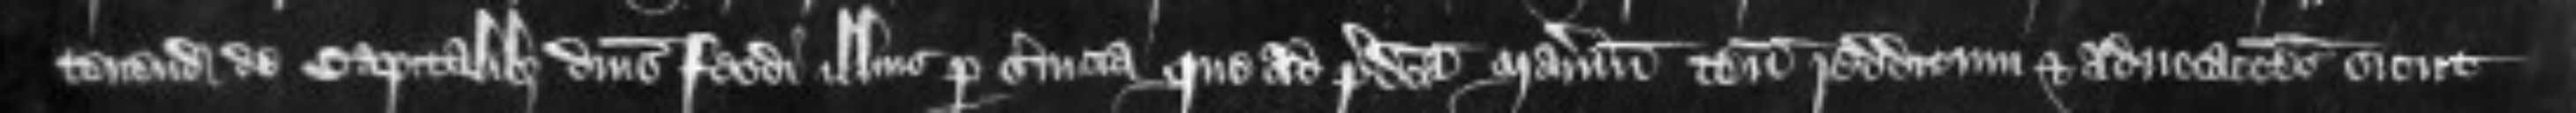
tenendo de capitalibus dominis feodi illius per servicia que ad predicta manerium tenementa redditum et advocationes sicut